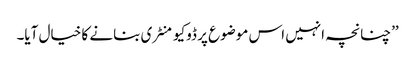
’’چنانچہ انہیں اس موضوع پر ڈوکیومنٹری بنانے کا خیال آیا۔